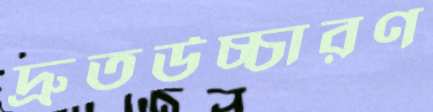
দ্রুতউচ্চারণ